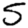
Digit: 5